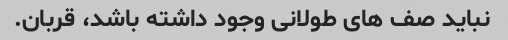
نباید صف های طولانی وجود داشته باشد، قربان.